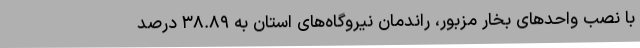
با نصب واحدهای بخار مزبور، راندمان نیروگاه‌های استان به ۳۸.۸۹ درصد